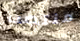
منتصب